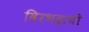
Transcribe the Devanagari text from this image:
विरभद्राची